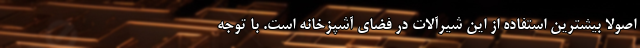
اصولا بیشترین استفاده از این شیرآلات در فضای آشپزخانه است. با توجه